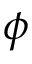
\phi